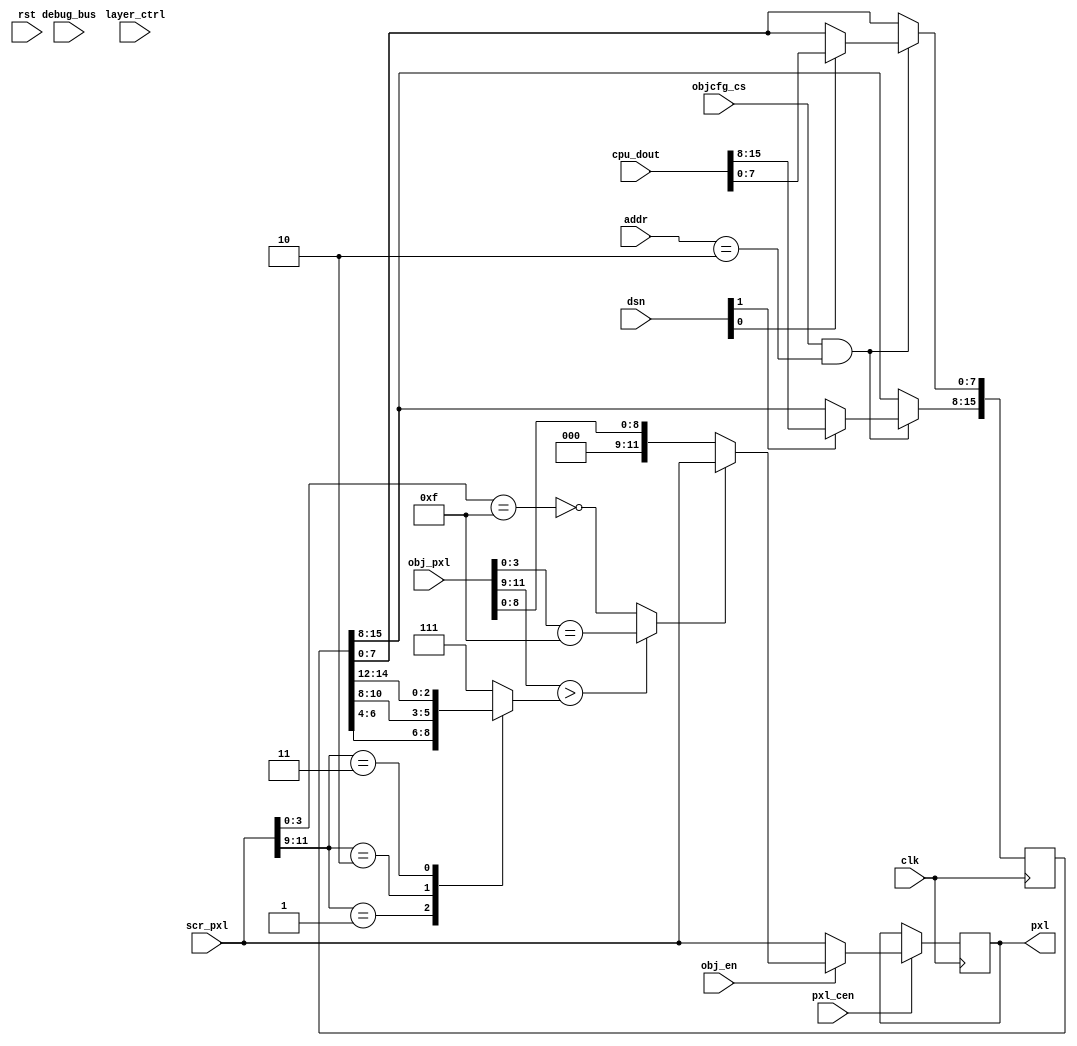
/*  This file is part of JTCORES1.
    JTCORES1 program is free software: you can redistribute it and/or modify
    it under the terms of the GNU General Public License as published by
    the Free Software Foundation, either version 3 of the License, or
    (at your option) any later version.

    JTCORES1 program is distributed in the hope that it will be useful,
    but WITHOUT ANY WARRANTY; without even the implied warranty of
    MERCHANTABILITY or FITNESS FOR A PARTICULAR PURPOSE.  See the
    GNU General Public License for more details.

    You should have received a copy of the GNU General Public License
    along with JTCORES1.  If not, see <http://www.gnu.org/licenses/>.

    Author: Jose Tejada Gomez. Twitter: @topapate
    Version: 1.0
    Date: 27-1-2021 */


module jtcps2_colmix(
    input              rst,
    input              clk,
    input              pxl_cen,

    input              objcfg_cs,
    input      [15:0]  cpu_dout,
    input      [15:0]  layer_ctrl,
    input      [ 1:0]  dsn,
    input      [ 3:1]  addr,

    input      [11:0]  scr_pxl,
    input      [11:0]  obj_pxl,
    input              obj_en,
    output reg [11:0]  pxl,

    input      [ 7:0]  debug_bus
);

localparam [2:0] OBJ=3'b0, SCR1=3'b1, SCR2=3'd2, SCR3=3'd3, STA=3'd4;
localparam [3:1] OBJ_PRIO = 3'b010;

reg         obj1st, mux_sel;
reg  [ 3:0] scr_prio;
reg  [15:0] lyr_prio;

wire [2:0] obj_prio = obj_pxl[11:9],
           scr_lyr  = scr_pxl[11:9];

//wire [7:0] lyr_order = layer_ctrl[13:6];

function blank;
    input [11:0] a;
    blank = a[3:0]==4'hf;
endfunction

always @(*) begin
    case( scr_lyr )
        1: scr_prio = lyr_prio[ 7: 4];
        2: scr_prio = lyr_prio[11: 8];
        3: scr_prio = lyr_prio[15:12];
        default: scr_prio = 4'd7;
    endcase
    obj1st = obj_prio > scr_prio[2:0];
    mux_sel = obj1st ? blank(obj_pxl) : ~blank(scr_pxl);
end

always @(posedge clk) begin
    if( objcfg_cs && addr[3:1]==OBJ_PRIO) begin
        if( dsn[1] ) lyr_prio[15:8] <= cpu_dout[15:8];
        if( dsn[0] ) lyr_prio[ 7:0] <= cpu_dout[ 7:0];
    end
end

always @(posedge clk) if(pxl_cen) begin
    pxl <= !obj_en ? scr_pxl :
        ( mux_sel ? scr_pxl : {3'd0, obj_pxl[8:0]} );
end

`ifdef PRIO_SIM
    initial begin
        lyr_prio=`PRIO_SIM;
        $display("Layer priority register set to %04X\n",lyr_prio);
    end
`endif

endmodule